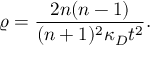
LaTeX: \varrho = \frac { 2 n ( n - 1 ) } { ( n + 1 ) ^ { 2 } \kappa _ { D } t ^ { 2 } } .